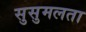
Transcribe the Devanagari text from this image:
सुसुमलता